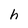
Character: h